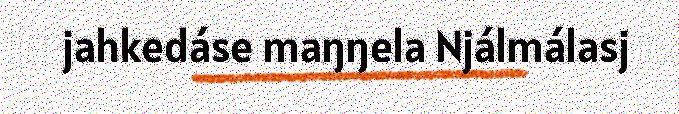
jahkedáse maŋŋela Njálmálasj